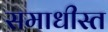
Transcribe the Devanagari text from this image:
समाधीस्त